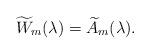
LaTeX: \begin{align*} \widetilde W_m(\lambda)=\widetilde A_m(\lambda).\end{align*}